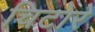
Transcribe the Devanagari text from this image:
चिटोरे